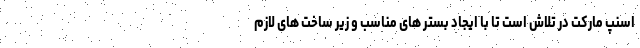
اسنپ مارکت در تلاش است تا با ایجاد بستر های مناسب و زیر ساخت های لازم